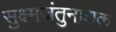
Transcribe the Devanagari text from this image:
सुक्ष्मजंतुनाशक